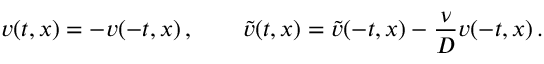
v ( t , x ) = - v ( - t , x ) \, , \qquad \tilde { v } ( t , x ) = \tilde { v } ( - t , x ) - \frac { \nu } { { \cal D } } v ( - t , x ) \, .